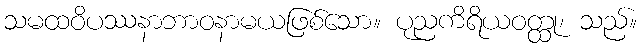
သမထဝိပဿနာဘာဝနာမယဖြစ်သော။ ပုညကိရိယဝတ္ထု၊ သည်။